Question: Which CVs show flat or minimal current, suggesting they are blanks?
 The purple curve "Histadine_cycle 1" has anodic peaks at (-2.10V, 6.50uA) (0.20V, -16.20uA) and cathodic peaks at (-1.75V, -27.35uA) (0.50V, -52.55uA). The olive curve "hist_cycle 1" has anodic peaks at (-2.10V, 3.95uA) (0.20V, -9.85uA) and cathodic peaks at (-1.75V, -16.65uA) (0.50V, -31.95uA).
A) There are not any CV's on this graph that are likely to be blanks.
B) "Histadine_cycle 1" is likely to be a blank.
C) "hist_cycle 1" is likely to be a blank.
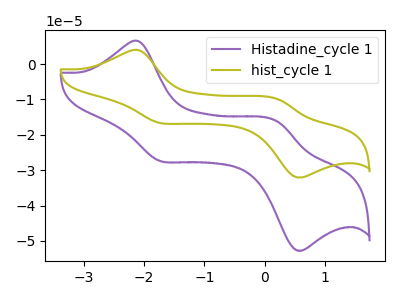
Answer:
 <answer>A) There are not any CV's on this graph that are likely to be blanks.</answer>
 <eval>A</eval>